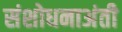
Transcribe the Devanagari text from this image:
संशोधनाअंती